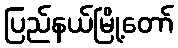
ပြည်နယ်မြို့တော်